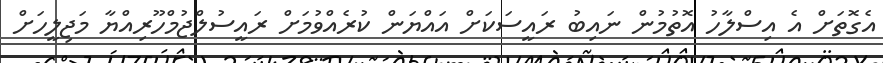
އެގޮތަށް އެ އިސްލާހު އޮތުމުން ނައިބު ރައީސަކަށް އައްޔަން ކުރެއްވުމަށް ރައީސުލްޖުމްހޫރިއްޔާ މަޖިލީހަށް